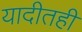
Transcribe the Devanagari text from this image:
यादीतही